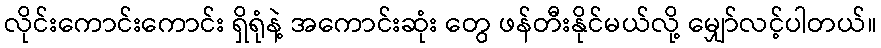
လိုင်းကောင်းကောင်း ရှိရုံနဲ့ အကောင်းဆုံး တွေ ဖန်တီးနိုင်မယ်လို့ မျှော်လင့်ပါတယ်။